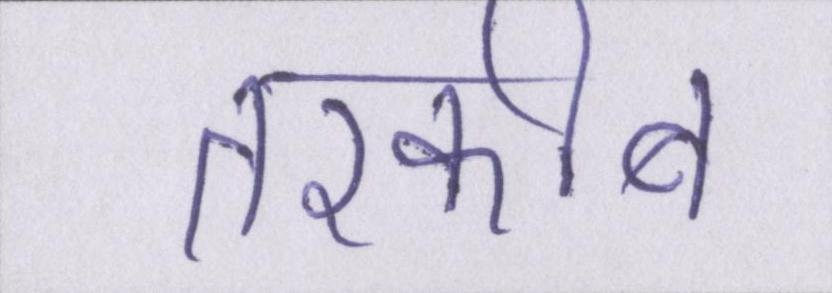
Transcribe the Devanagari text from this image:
तरकीब